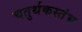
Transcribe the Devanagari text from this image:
चतुर्थकस्तंभ